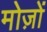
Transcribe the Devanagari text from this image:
मोज़ों